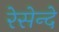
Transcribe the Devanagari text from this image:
रेसेन्दे